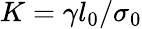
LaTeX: K=\gamma l_{0}/\sigma_{0}